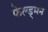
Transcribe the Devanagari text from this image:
फेल्ड्मन